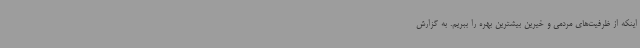
اینکه از ظرفیت‌های مردمی و خیرین بیشترین بهره را ببریم. به گزارش